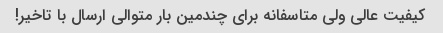
کیفیت عالی ولی متاسفانه برای چندمین بار متوالی ارسال با تاخیر!